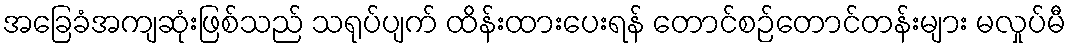
အခြေခံအကျဆုံးဖြစ်သည် သရုပ်ပျက် ထိန်းထားပေးရန် တောင်စဉ်တောင်တန်းများ မလှုပ်မီ